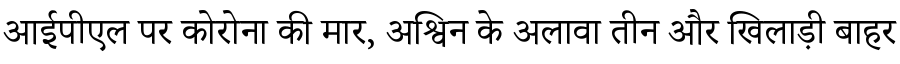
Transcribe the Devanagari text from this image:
आईपीएल पर कोरोना की मार, अश्विन के अलावा तीन और खिलाड़ी बाहर